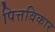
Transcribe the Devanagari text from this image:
पित्तविकार